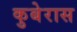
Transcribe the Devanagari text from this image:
कुबेरास